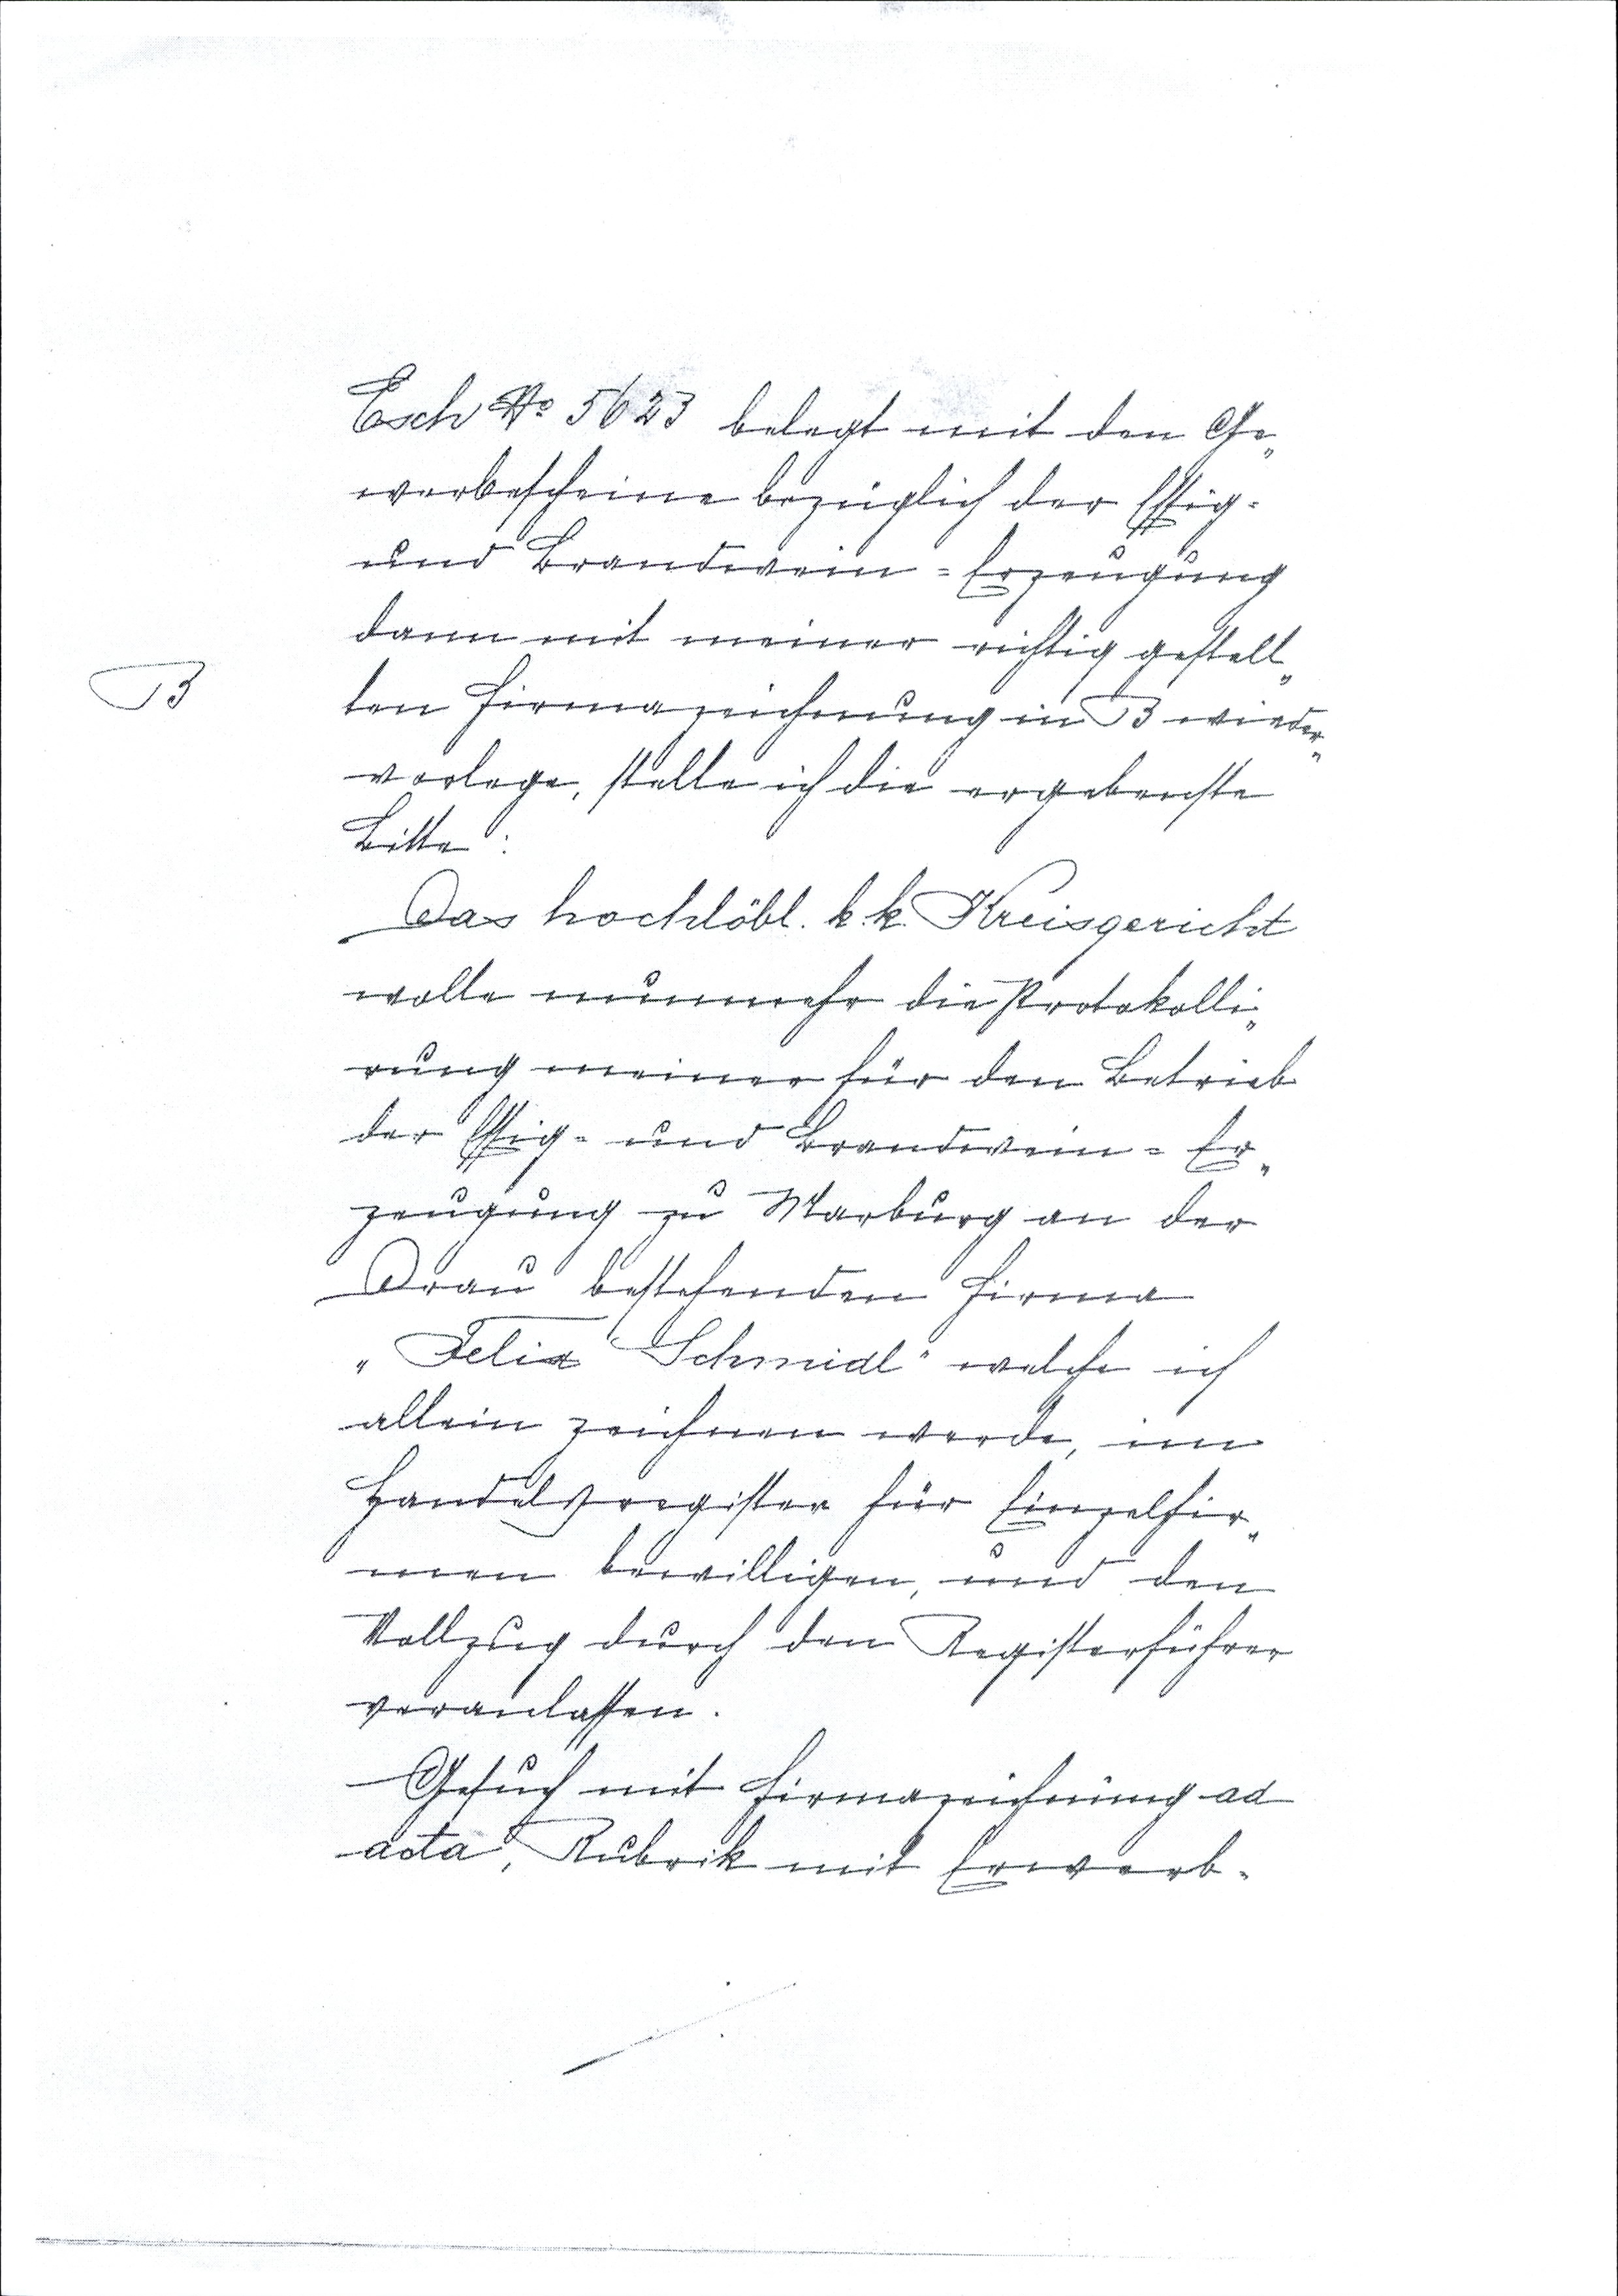
Esch № 5623 belegt mit den Ge¬
werbescheine bezüglich der Essig¬
und Brandwein = Erzeugung
dann mit meiner richtig gestelt¬
B ten Firmazeichnung in B wieder¬
vorlage, stelte ich die ergebenste
Bitte:
Das hochlöbl. k.k. Kreisgericht
wolte nunmehr die Protokolli¬
rung meiner für den Betrieb
der Essig= und Brandwein = Er¬
zeugung zu Marburg an der
Drau bestehenden Firma
"Felix Schmidl" welche ich
allein zeichnen werde, im
Handelsregister für Einzelfir¬
men bewilligen, und den
Vollzug durch den Registerführer
veranlassen.
Gesuch mit Firmazeichnung ad
acta, Rubrik mit Erwerb¬